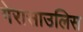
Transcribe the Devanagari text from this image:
गेरासाउलिस